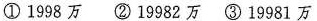
①1998万 ②19982万 ③19981万